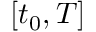
[ t _ { 0 } , T ]